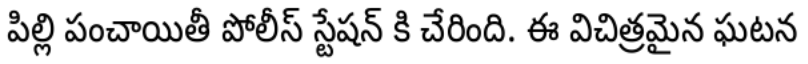
పిల్లి పంచాయితీ పోలీస్ స్టేషన్ కి చేరింది. ఈ విచిత్రమైన ఘటన